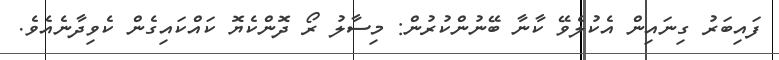
ފައިބަރު ގިނައިން އެކުލެވޭ ކާނާ ބޭނުންކުރުން: މިސާލު ރޯ ދޮންކެޔޮ ކައްކައިގެން ކެވިދާނެއެވެ.